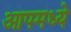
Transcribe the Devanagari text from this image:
आपमध्ये